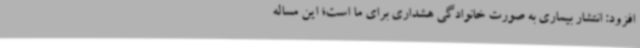
افزود: انتشار بیماری به صورت خانوادگی هشداری برای ما است؛ این مساله